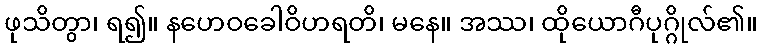
ဖုသိတွာ၊ ရ၍။ နဟေဝခေါဝိဟရတိ၊ မနေ။ အဿ၊ ထိုယောဂီပုဂ္ဂိုလ်၏။